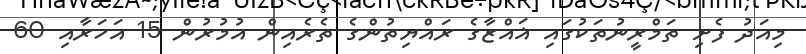
މިއަދު ފެށި ތަމްރީނުތަކުގައި ޣައްޒާގެ ރައްޔިތުންގެ ތެރެއިން އުމުރުން 15 އަހަރާއި 60